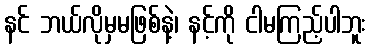
နင် ဘယ်လိုမှမဖြစ်နဲ့၊ နင့်ကို ငါမကြည့်ပါဘူး